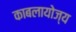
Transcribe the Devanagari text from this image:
काबलायोज्य